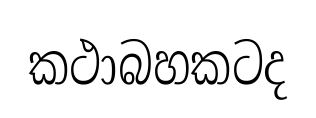
කථාබහකටද